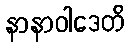
နာနာဝါဒေတိ